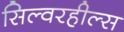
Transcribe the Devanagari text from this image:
सिल्वरहील्स